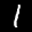
Label: 1